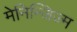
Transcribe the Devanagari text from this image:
मेनिन्जिज्म